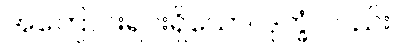
အကြောင်းရင်းရှိသော။ ဒုက္ခံ၊ တည်း။